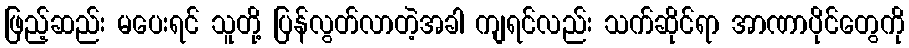
ဖြည့်ဆည်း မပေးရင် သူတို့ ပြန်လွတ်လာတဲ့အခါ ကျရင်လည်း သက်ဆိုင်ရာ အာဏာပိုင်တွေကို